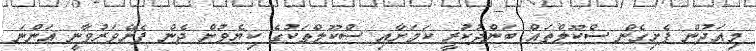
މިއަދުން ފެށިގެން ސްކޫލްތައް ބަންދުކުރީ ކަމަށާއި ސްކޫލްތަކުގެ ކިޔެވުން ދެން ފެށޭވަރުވާނީ އަންނަ